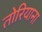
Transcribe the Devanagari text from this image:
तोरियाना